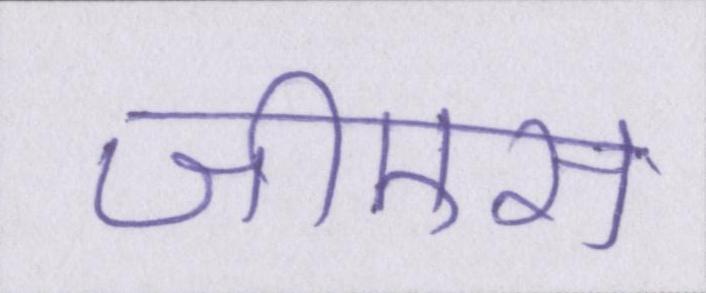
जीएस